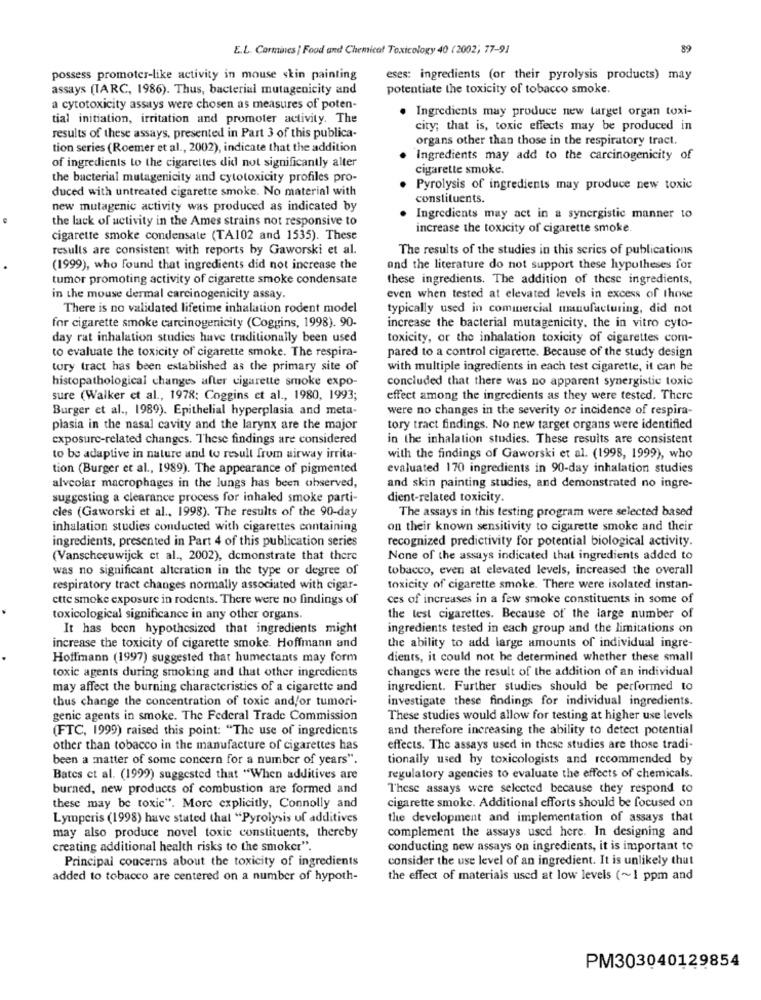
E.L. Carmines | Food and Chemical Toxicology 40 (2002; 77-91
89
possess promoter-like activity in mouse skin painting
eses: ingredients (or their pyrolysis products) may
assays (IARC, 1986). Thus, bacterial mutagenicity and
potentiate the toxicity of tobacco smoke.
a cytotoxicity assays were chosen as measures of poten-
Ingredients may produce new target organ toxi-
tial initiation, irritation and promoter activity. The
city; that is, toxic effects may be produced in
results of these assays, presented in Part 3 of this publica-
organs other than those in the respiratory tract.
tion series (Roemer et al ., 2002), indicate that the addition
of ingredients to the cigarettes did not significantly alter
Ingredients may add to the carcinogenicity of
cigarette smoke.
the bacterial mutagenicity and cytotoxicity profiles pro-
duced with untreated cigarette smoke. No material with
Pyrolysis of ingredients may produce new toxic
constituents.
new mutagenic activity was produced as indicated by
the lack of activity in the Ames strains not responsive to
Ingredients may act in a synergistic manner to
increase the toxicity of cigarette smoke.
cigarette smoke condensate (TA102 and 1535). These
results are consistent with reports by Gaworski et al.
The results of the studies in this series of publications
(1999), who found that ingredients did not increase the
and the literature do not support these hypotheses for
tumor promoting activity of cigarette smoke condensate
these ingredients. The addition of these ingredients,
in the mouse dermal carcinogenicity assay.
even when tested at elevated levels in excess of those
There is no validated lifetime inhalation rodent model
typically used in commercial manufacturing, did not
for cigarette smoke carcinogenicity (Coggins, 1998). 90-
increase the bacterial mutagenicity, the in vitro cyto-
day rat inhalation studies have traditionally been used
toxicity, or the inhalation toxicity of cigarettes com-
to evaluate the toxicity of cigarette smoke. The respira-
pared to a control cigarette. Because of the study design
tory tract has been established as the primary site of
with multiple ingredients in each test cigarette, it can be
histopathological changes after cigarette smoke expo-
concluded that there was no apparent synergistic toxic
sure (Walker et al ., 1978; Coggins et al ., 1980, 1993;
effect among the ingredients as they were tested. There
Burger et al ., 1989). Epithelial hyperplasia and meta-
were no changes in the severity or incidence of respira-
plasia in the nasal cavity and the larynx are the major
tory tract findings. No new target organs were identified
exposure-related changes. These findings are considered
in the inhalation studies. These results are consistent
to be adaptive in nature and to result from airway irrita-
with the findings of Gaworski et al. (1998, 1999), who
tion (Burger et al ., 1989). The appearance of pigmented
evaluated 170 ingredients in 90-day inhalation studies
alveolar macrophages in the lungs has been observed,
and skin painting studies, and demonstrated no ingre-
suggesting a clearance process for inhaled smoke parti-
dient-related toxicity.
cles (Gaworski et al ., 1998). The results of the 90-day
The assays in this testing program were selected based
inhalation studies conducted with cigarettes containing
on their known sensitivity to cigarette smoke and their
ingredients, presented in Part 4 of this publication series
recognized predictivity for potential biological activity.
(Vanscheeuwijck et al ., 2002), demonstrate that there
None of the assays indicated that ingredients added to
was no significant alteration in the type or degree of
tobacco, even at elevated levels, increased the overall
respiratory tract changes normally associated with cigar-
toxicity of cigarette smoke. There were isolated instan-
ctte smoke exposure in rodents. There were no findings of
ces of increases in a few smoke constituents in some of
toxicological significance in any other organs.
the test cigarettes. Because of the large number of
It has been hypothesized that ingredients might
ingredients tested in each group and the limitations on
increase the toxicity of cigarette smoke. Hoffmann and
the ability to add large amounts of individual ingre-
Hoffmann (1997) suggested that humectants may form
dients, it could not be determined whether these small
toxic agents during smoking and that other ingredients
changes were the result of the addition of an individual
may affect the burning characteristics of a cigarette and
ingredient. Further studies should be performed to
thus change the concentration of toxic and/or tumori-
investigate these findings for individual ingredients.
genic agents in smoke. The Federal Trade Commission
These studies would allow for testing at higher use levels
(FTC, 1999) raised this point: "The use of ingredients
and therefore increasing the ability to detect potential
other than tobacco in the manufacture of cigarettes has
effects. The assays used in these studies are those tradi-
been a matter of some concern for a number of years".
tionally used hy toxicologists and recommended by
Bates et al. (1999) suggested that "When additives are
regulatory agencies to evaluate the effects of chemicals.
burned, new products of combustion are formed and
These assays were selected because they respond to
these may be toxic". More explicitly, Connolly and
cigarette smoke. Additional efforts should be focused on
Lymperis (1998) have stated that "Pyrolysis uf additives
the development and implementation of assays that
complement the assays used here. In designing and
may also produce novel toxic constituents, thereby
creating additional health risks to the smoker".
conducting new assays on ingredients, it is important to
Principal concerns about the toxicity of ingredients
consider the use level of an ingredient. It is unlikely that
added to tobacco are centered on a number of hypoth-
the effect of materials used at low levels (~1 ppm and
PM303040129854